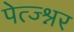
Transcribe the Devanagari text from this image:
पेत्ज्श्नर